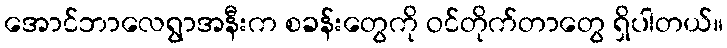
အောင်ဘာလေရွာအနီးက စခန်းတွေကို ဝင်တိုက်တာတွေ ရှိပါတယ်။